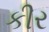
કીર